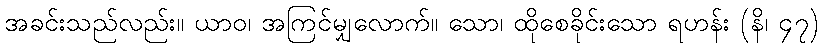
အခင်းသည်လည်း။ ယာဝ၊ အကြင်မျှလောက်။ သော၊ ထိုစေခိုင်းသော ရဟန်း (နိ၊ ၄၇)